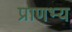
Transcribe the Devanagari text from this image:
प्राणभ्य